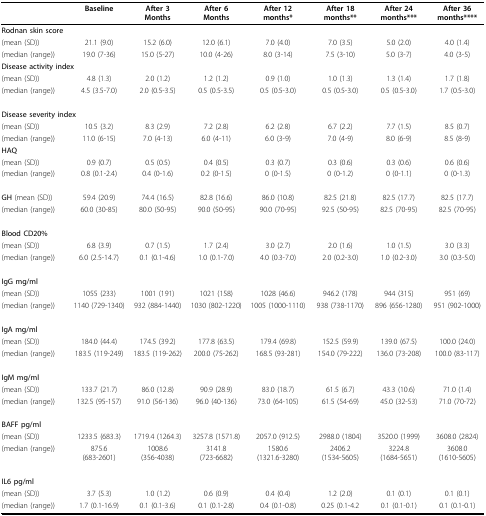
<table><thead><tr><td></td><td><b>Baseline</b></td><td><b>After 3Months</b></td><td><b>After 6Months</b></td><td><b>After 12months*</b></td><td><b>After 18months**</b></td><td><b>After 24months***</b></td><td><b>After 36months****</b></td></tr></thead><tbody><tr><td><b>Rodnan skin score</b></td><td></td><td></td><td></td><td></td><td></td><td></td><td></td></tr><tr><td>(mean (SD))</td><td>21.1 (9.0)</td><td>15.2 (6.0)</td><td>12.0 (6.1)</td><td>7.0 (4.0)</td><td>7.0 (3.5)</td><td>5.0 (2.0)</td><td>4.0 (1.4)</td></tr><tr><td>(median (range))</td><td>19.0 (7-36)</td><td>15.0 (5-27)</td><td>10.0 (4-26)</td><td>8.0 (3-14)</td><td>7.5 (3-10)</td><td>5.0 (3-7)</td><td>4.0 (3-5)</td></tr><tr><td><b>Disease activity index</b></td><td></td><td></td><td></td><td></td><td></td><td></td><td></td></tr><tr><td>(mean (SD))</td><td>4.8 (1.3)</td><td>2.0 (1.2)</td><td>1.2 (1.2)</td><td>0.9 (1.0)</td><td>1.0 (1.3)</td><td>1.3 (1.4)</td><td>1.7 (1.8)</td></tr><tr><td>(median (range))</td><td>4.5 (3.5-7.0)</td><td>2.0 (0.5-3.5)</td><td>0.5 (0.5-3.5)</td><td>0.5 (0.5-3.0)</td><td>0.5 (0.5-3.0)</td><td>0.5 (0.5-3.0)</td><td>1.7 (0.5-3.0)</td></tr><tr><td><b>Disease severity index</b></td><td></td><td></td><td></td><td></td><td></td><td></td><td></td></tr><tr><td>(mean (SD))</td><td>10.5 (3.2)</td><td>8.3 (2.9)</td><td>7.2 (2.8)</td><td>6.2 (2.8)</td><td>6.7 (2.2)</td><td>7.7 (1.5)</td><td>8.5 (0.7)</td></tr><tr><td>(median (range))</td><td>11.0 (6-15)</td><td>7.0 (4-13)</td><td>6.0 (4-11)</td><td>6.0 (3-9)</td><td>7.0 (4-9)</td><td>8.0 (6-9)</td><td>8.5 (8-9)</td></tr><tr><td><b>HAQ</b></td><td></td><td></td><td></td><td></td><td></td><td></td><td></td></tr><tr><td>(mean (SD))</td><td>0.9 (0.7)</td><td>0.5 (0.5)</td><td>0.4 (0.5)</td><td>0.3 (0.7)</td><td>0.3 (0.6)</td><td>0.3 (0.6)</td><td>0.6 (0.6)</td></tr><tr><td>(median (range))</td><td>0.8 (0.1-2.4)</td><td>0.4 (0-1.6)</td><td>0.2 (0-1.5)</td><td>0 (0-1.5)</td><td>0 (0-1.2)</td><td>0 (0-1.1)</td><td>0 (0-1.3)</td></tr><tr><td><b>GH </b>(mean (SD))</td><td>59.4 (20.9)</td><td>74.4 (16.5)</td><td>82.8 (16.6)</td><td>86.0 (10.8)</td><td>82.5 (21.8)</td><td>82.5 (17.7)</td><td>82.5 (17.7)</td></tr><tr><td>(median (range))</td><td>60.0 (30-85)</td><td>80.0 (50-95)</td><td>90.0 (50-95)</td><td>90.0 (70-95)</td><td>92.5 (50-95)</td><td>82.5 (70-95)</td><td>82.5 (70-95)</td></tr><tr><td><b>Blood CD20%</b></td><td></td><td></td><td></td><td></td><td></td><td></td><td></td></tr><tr><td>(mean (SD))</td><td>6.8 (3.9)</td><td>0.7 (1.5)</td><td>1.7 (2.4)</td><td>3.0 (2.7)</td><td>2.0 (1.6)</td><td>1.0 (1.5)</td><td>3.0 (3.3)</td></tr><tr><td>(median (range))</td><td>6.0 (2.5-14.7)</td><td>0.1 (0.1-4.6)</td><td>1.0 (0.1-7.0)</td><td>4.0 (0.3-7.0)</td><td>2.0 (0.2-3.0)</td><td>1.0 (0.2-3.0)</td><td>3.0 (0.3-5.0)</td></tr><tr><td><b>IgG mg/ml</b></td><td></td><td></td><td></td><td></td><td></td><td></td><td></td></tr><tr><td>(mean (SD))</td><td>1055 (233)</td><td>1001 (191)</td><td>1021 (158)</td><td>1028 (46.6)</td><td>946.2 (178)</td><td>944 (315)</td><td>951 (69)</td></tr><tr><td>(median (range))</td><td>1140 (729-1340)</td><td>932 (884-1440)</td><td>1030 (802-1220)</td><td>1005 (1000-1110)</td><td>938 (738-1170)</td><td>896 (656-1280)</td><td>951 (902-1000)</td></tr><tr><td><b>IgA mg/ml</b></td><td></td><td></td><td></td><td></td><td></td><td></td><td></td></tr><tr><td>(mean (SD))</td><td>184.0 (44.4)</td><td>174.5 (39.2)</td><td>177.8 (63.5)</td><td>179.4 (69.8)</td><td>152.5 (59.9)</td><td>139.0 (67.5)</td><td>100.0 (24.0)</td></tr><tr><td>(median (range))</td><td>183.5 (119-249)</td><td>183.5 (119-262)</td><td>200.0 (75-262)</td><td>168.5 (93-281)</td><td>154.0 (79-222)</td><td>136.0 (73-208)</td><td>100.0 (83-117)</td></tr><tr><td><b>IgM mg/ml</b></td><td></td><td></td><td></td><td></td><td></td><td></td><td></td></tr><tr><td>(mean (SD))</td><td>133.7 (21.7)</td><td>86.0 (12.8)</td><td>90.9 (28.9)</td><td>83.0 (18.7)</td><td>61.5 (6.7)</td><td>43.3 (10.6)</td><td>71.0 (1.4)</td></tr><tr><td>(median (range))</td><td>132.5 (95-157)</td><td>91.0 (56-136)</td><td>96.0 (40-136)</td><td>73.0 (64-105)</td><td>61.5 (54-69)</td><td>45.0 (32-53)</td><td>71.0 (70-72)</td></tr><tr><td><b>BAFF pg/ml</b></td><td></td><td></td><td></td><td></td><td></td><td></td><td></td></tr><tr><td>(mean (SD))</td><td>1233.5 (683.3)</td><td>1719.4 (1264.3)</td><td>3257.8 (1571.8)</td><td>2057.0 (912.5)</td><td>2988.0 (1804)</td><td>3520.0 (1999)</td><td>3608.0 (2824)</td></tr><tr><td>(median (range))</td><td>875.6 (683-2601)</td><td>1008.6 (356-4038)</td><td>3141.8 (723-6682)</td><td>1580.6 (1321.6-3280)</td><td>2406.2 (1534-5605)</td><td>3224.8 (1684-5651)</td><td>3608.0 (1610-5605)</td></tr><tr><td><b>IL6 pg/ml</b></td><td></td><td></td><td></td><td></td><td></td><td></td><td></td></tr><tr><td>(mean (SD))</td><td>3.7 (5.3)</td><td>1.0 (1.2)</td><td>0.6 (0.9)</td><td>0.4 (0.4)</td><td>1.2 (2.0)</td><td>0.1 (0.1)</td><td>0.1 (0.1)</td></tr><tr><td>(median (range))</td><td>1.7 (0.1-16.9)</td><td>0.1 (0.1-3.6)</td><td>0.1 (0.1-2.8)</td><td>0.4 (0.1-0.8)</td><td>0.25 (0.1-4.2</td><td>0.1 (0.1-0.1)</td><td>0.1 (0.1-0.1)</td></tr></tbody></table>